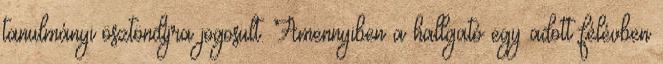
tanulmányi ösztöndíjra jogosult. Amennyiben a hallgató egy adott félévben